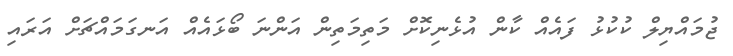
ޖުމައްޔިލް ކުކުޅު ފައެއް ކާން އުޅެނިކޮށް މަތިމަތިން އަންނަ ބޯޅައެއް އަނގަމައްޗަށް އަރައި